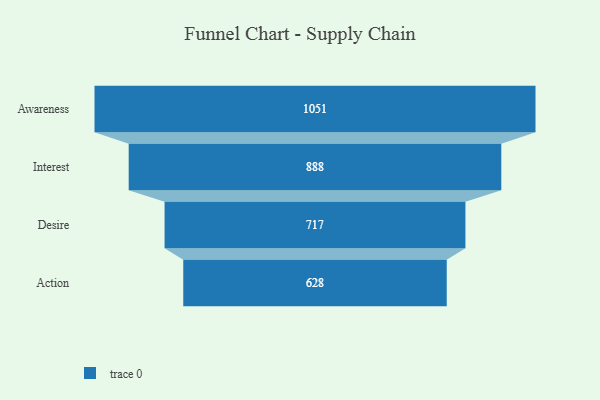
{"axis": {"x": "Stage", "y": "Value"}, "legend": [""], "data": [{"x": "Awareness", "y": 1051.0, "type": ""}, {"x": "Interest", "y": 888.0, "type": ""}, {"x": "Desire", "y": 717.0, "type": ""}, {"x": "Action", "y": 628.0, "type": ""}]}